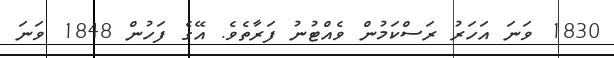
1830 ވަނަ އަހަރު ރަސްކަމުން ވެއްޓުނު ފަރާތެވެ. އޭގެ ފަހުން 1848 ވަނަ